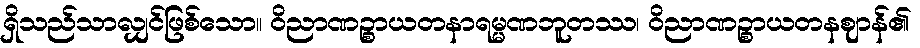
ရှိသည်သာလျှင်ဖြစ်သော။ ဝိညာဏဉ္စာယတနာရမ္မဏဘူတဿ၊ ဝိညာဏဉ္စာယတနဈာန်၏